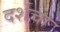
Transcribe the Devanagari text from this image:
दर्शचा